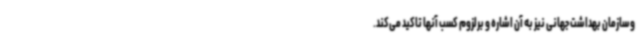
وسازمان بهداشت جهانی نیز به آن اشاره و برلزوم کسب آنها تاکید می‌کند.